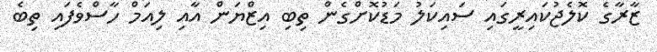
ޒާރާގެ ކޮލެޖުކައިރީގައި ސައިކަލު މަޑުކޮށްގެން ތިބި އިޒްޔަން އާއި ލިއަމް ހާސްވެފައި ތިބެ